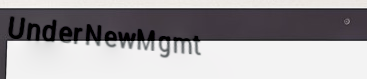
UnderNewMgmt